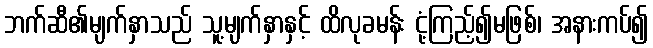
ဘက်ဆီ၏မျက်နှာသည် သူ့မျက်နှာနှင့် ထိလုခမန်း ငုံ့ကြည့်၍မဖြစ်၊ အနားကပ်၍